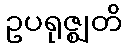
ဥပရုဇ္ဈတိ